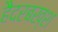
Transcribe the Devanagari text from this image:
हैदरबख्श